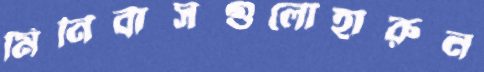
মিনিবাসগুলোহারুন